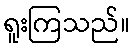
ရူးကြသည်။